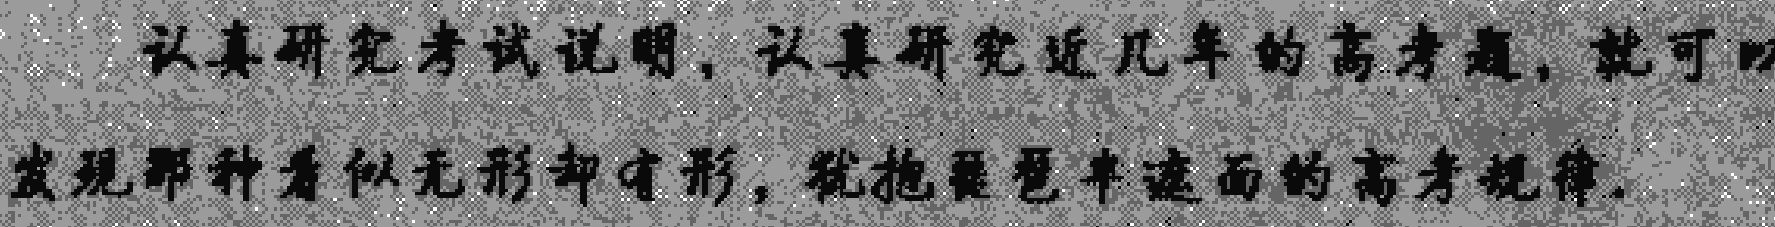
认真研究考试说明，认真研究近几年的高考题，就可以发现那种看似无形却有形，犹抱琵琶半遮面的高考规律.